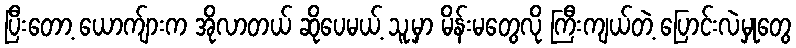
ပြီးတော့ ယောက်ျားက အိုလာတယ် ဆိုပေမယ့် သူ့မှာ မိန်းမတွေလို ကြီးကျယ်တဲ့ ပြောင်းလဲမှုတွေ